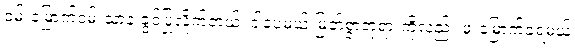
ဝမ်းမြောက်ဝမ်းသာနဲ့ ခွင့်ပြုလိုက်တယ်၊ ဒါပေမယ့် မြတ်စွာဘုရားကိုလည်း ဖူးမြောက်ခဲ့ရမယ်